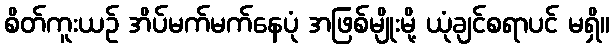
စိတ်ကူးယဉ် အိပ်မက်မက်နေပုံ အဖြစ်မျိုးမို့ ယုံချင်စရာပင် မရှိ။